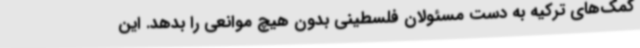
کمک‌های ترکیه‌ به دست مسئولان فلسطینی بدون هیچ موانعی را بدهد. این